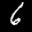
Label: 6